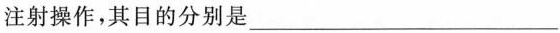
注射操作，其目的分别是___。